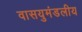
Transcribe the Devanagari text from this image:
वासयुमंडलीय